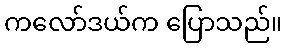
ကလော်ဒယ်က ပြောသည်။